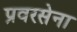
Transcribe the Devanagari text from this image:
प्रवरसेना